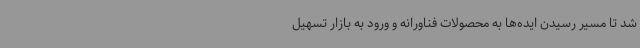
شد تا مسیر رسیدن ایده‌ها به محصولات فناورانه و ورود به بازار تسهیل